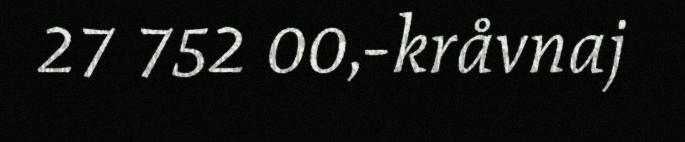
27 752 00,-kråvnaj